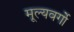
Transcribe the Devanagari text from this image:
मूल्यवर्गो